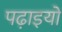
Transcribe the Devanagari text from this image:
पढ़ाइयों